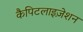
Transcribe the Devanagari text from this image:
कैपिटलाइज़ेशन